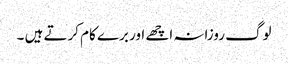
لوگ روزانہ اچھے اور برے کام کرتے ہیں ۔